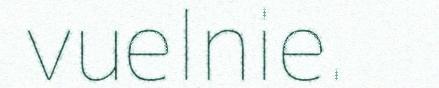
vuelnie.